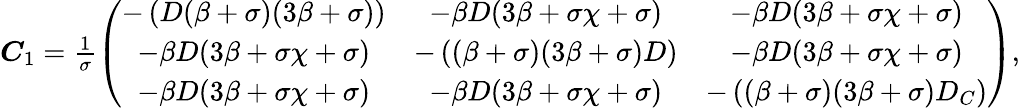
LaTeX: \begin{array}{r}{\boldsymbol C_{1}=\frac{1}{\sigma}\left(\begin{array}{ccc}{-\left(D(\beta+\sigma)(3\beta+\sigma)\right)}&{-\beta D(3\beta+\sigma\chi+\sigma)}&{-\beta D(3\beta+\sigma\chi+\sigma)}\\ {-\beta D(3\beta+\sigma\chi+\sigma)}&{-\left((\beta+\sigma)(3\beta+\sigma)D\right)}&{-\beta D(3\beta+\sigma\chi+\sigma)}\\ {-\beta D(3\beta+\sigma\chi+\sigma)}&{-\beta D(3\beta+\sigma\chi+\sigma)}&{-\left((\beta+\sigma)(3\beta+\sigma)D_{C}\right)}\end{array}\right),}\end{array}